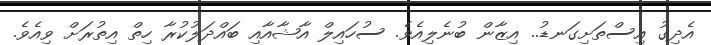
އެދިގު އިސްތަށިގަނޑު.. އިޒާން ބުނެލިއެވެ. ސުހައިލް އާޝާއާއި ބައްދަލުކުރާ ހިތް އިތުރަށް ވިއެވެ.